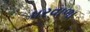
પરવાળા